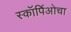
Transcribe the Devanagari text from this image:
स्कॉर्पिओचा